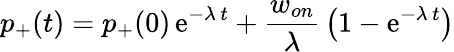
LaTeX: p_{+}(t)=p_{+}(0)\, \mathrm{e}^{-\lambda\, t}+{\frac{w_{on}}{\lambda}}\left(1-\mathrm{e}^{-\lambda\, t}\right)